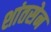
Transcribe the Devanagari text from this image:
शांतसेन